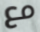
مع